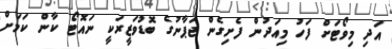
އަދި މިވޯޓަށް ފަހު މިއަދުން ފެށިގެން ޖަޕާނުގެ ބޮޑުވަޒީރަކީ ނައޮޓޯ ކާން ކަމަށް